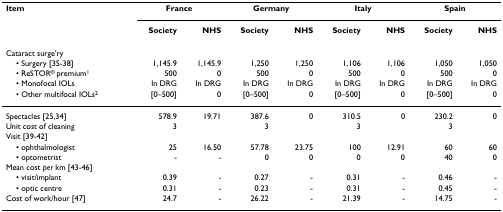
<table><thead><tr><td><b>Item</b></td><td colspan="2"><b>France</b></td><td colspan="2"><b>Germany</b></td><td colspan="2"><b>Italy</b></td><td colspan="2"><b>Spain</b></td></tr><tr><td></td><td><b>Society</b></td><td><b>NHS</b></td><td><b>Society</b></td><td><b>NHS</b></td><td><b>Society</b></td><td><b>NHS</b></td><td><b>Society</b></td><td><b>NHS</b></td></tr></thead><tbody><tr><td>Cataract surge&#x27;ry</td><td></td><td></td><td></td><td></td><td></td><td></td><td></td><td></td></tr><tr><td> • Surgery [35-38]</td><td>1,145.9</td><td>1,145.9</td><td>1,250</td><td>1,250</td><td>1,106</td><td>1,106</td><td>1,050</td><td>1,050</td></tr><tr><td> • ReSTOR<sup>® </sup>premium<sup>1</sup></td><td>500</td><td>0</td><td>500</td><td>0</td><td>500</td><td>0</td><td>500</td><td>0</td></tr><tr><td> • Monofocal IOLs</td><td>In DRG</td><td>In DRG</td><td>In DRG</td><td>In DRG</td><td>In DRG</td><td>In DRG</td><td>In DRG</td><td>In DRG</td></tr><tr><td> • Other multifocal IOLs<sup>2</sup></td><td>[0–500]</td><td>0</td><td>[0–500]</td><td>0</td><td>[0–500]</td><td>0</td><td>[0–500]</td><td>0</td></tr><tr><td>Spectacles [25,34]</td><td>578.9</td><td>19.71</td><td>387.6</td><td>0</td><td>310.5</td><td>0</td><td>230.2</td><td>0</td></tr><tr><td>Unit cost of cleaning</td><td>3</td><td></td><td>3</td><td></td><td>3</td><td></td><td>3</td><td></td></tr><tr><td>Visit [39-42]</td><td></td><td></td><td></td><td></td><td></td><td></td><td></td><td></td></tr><tr><td> • ophthalmologist</td><td>25</td><td>16.50</td><td>57.78</td><td>23.75</td><td>100</td><td>12.91</td><td>60</td><td>60</td></tr><tr><td> • optometrist</td><td>-</td><td>-</td><td>0</td><td>0</td><td>0</td><td>0</td><td>40</td><td>0</td></tr><tr><td>Mean cost <i>per </i>km [43-46]</td><td></td><td></td><td></td><td></td><td></td><td></td><td></td><td></td></tr><tr><td> • visit/implant</td><td>0.39</td><td>-</td><td>0.27</td><td>-</td><td>0.31</td><td>-</td><td>0.46</td><td>-</td></tr><tr><td> • optic centre</td><td>0.31</td><td>-</td><td>0.23</td><td>-</td><td>0.31</td><td>-</td><td>0.45</td><td>-</td></tr><tr><td>Cost of work/hour [47]</td><td>24.7</td><td>-</td><td>26.22</td><td>-</td><td>21.39</td><td>-</td><td>14.75</td><td>-</td></tr></tbody></table>